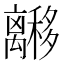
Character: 𬓟